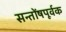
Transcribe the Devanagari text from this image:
सन्तोंषपूर्वक